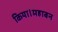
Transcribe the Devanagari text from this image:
किया।महाबन